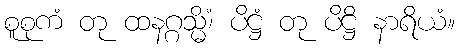
စူစုကံ တု ထနဂ္ဂသ္မိံ၊ ပိဋ္ဌံ တု ပိဋ္ဌိ နာရိယံ။